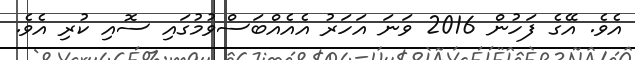
އެވެ. އޭގެ ފަހުން 2016 ވަނަ އަހަރު އެއެއްބަސްވުމުގައި ސޮއި ކުރި އެވެ.